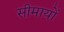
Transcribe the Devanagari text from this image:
सीमायों